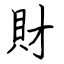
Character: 財